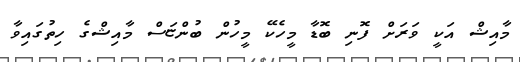
މާއިޝް އަކީ ވަރަށް ފޮނި ބޮޑާ މީހެކޭ މީހުން ބުންޏަސް މާއިޝްގެ ހިތުގައިވާ